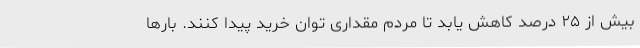
بیش از ۲۵ درصد کاهش یابد تا مردم مقداری توان خرید پیدا کنند. بارها